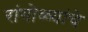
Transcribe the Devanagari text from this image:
रांगोळ्यांचे